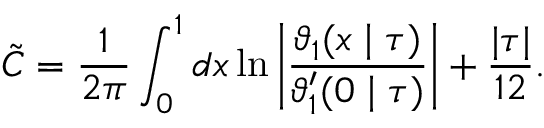
\tilde { C } = \frac { 1 } { 2 \pi } \int _ { 0 } ^ { 1 } d x \ln \left| \frac { \vartheta _ { 1 } ( x \mid \tau ) } { \vartheta _ { 1 } ^ { \prime } ( 0 \mid \tau ) } \right| + \frac { | \tau | } { 1 2 } .